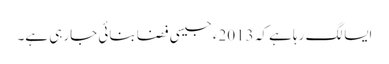
ایسا لگ رہا ہے کہ 2013ء جیسی فضا بنائی جارہی ہے۔